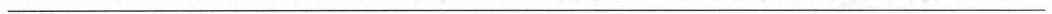
___